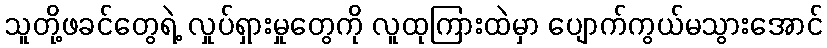
သူတို့ဖခင်တွေရဲ့ လှုပ်ရှားမှုတွေကို လူထုကြားထဲမှာ ပျောက်ကွယ်မသွားအောင်